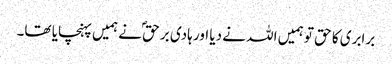
برابری کا حق تو ہمیں اللہ نے دیا اور ہادی بر حقؐ نے ہمیں پہنچایا تھا۔